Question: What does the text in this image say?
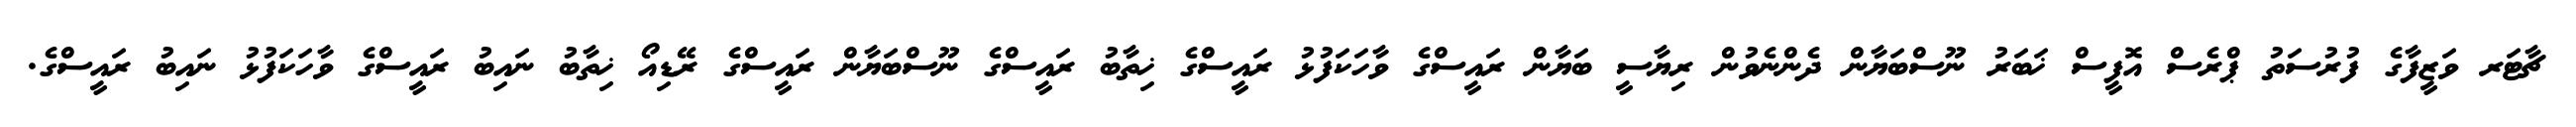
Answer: ޗާޓަރ ވަޒީފާގެ ފުރުސަތު ޕްރެސް އޮފީސް ޚަބަރު ނޫސްބަޔާން ދެންނެވުން ރިޔާސީ ބަޔާން ރައީސްގެ ވާހަކަފުޅު ރައީސްގެ ޚިތާބު ރައީސްގެ ނޫސްބަޔާން ރައީސްގެ ރޭޑިއޯ ޚިތާބު ނައިބު ރައީސްގެ ވާހަކަފުޅު ނައިބު ރައީސްގެ.